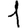
Digit: 1